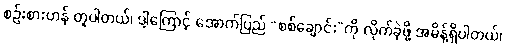
စဉ်းစားဟန် တူပါတယ်၊ ဒါ့ကြောင့် အောက်ပြည် “စစ်ချောင်း”ကို လိုက်ခဲ့ဖို့ အမိန့်ရှိပါတယ်၊